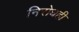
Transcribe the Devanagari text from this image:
निरोधही